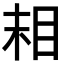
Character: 𬑉